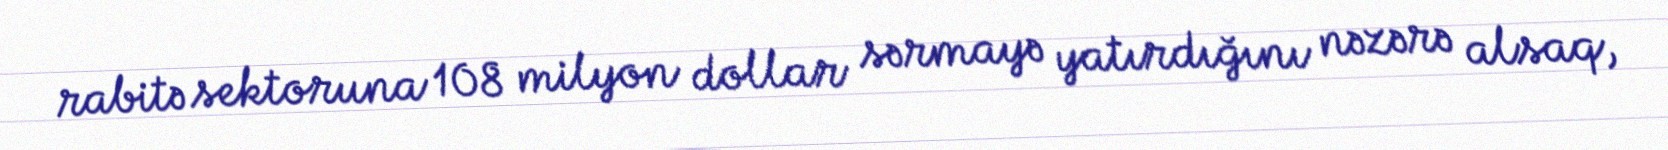
rabitə sektoruna 108 milyon dollar sərmayə yatırdığını nəzərə alsaq,